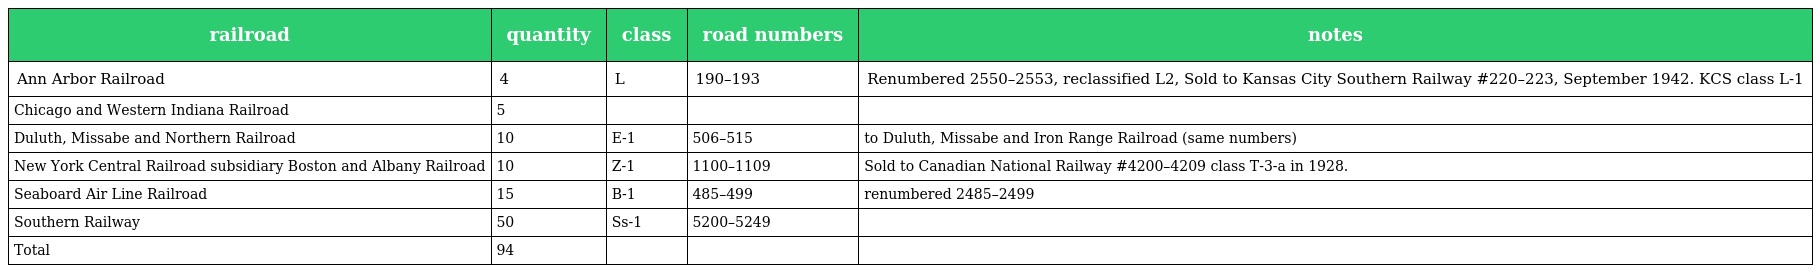
| railroad | quantity | class | road numbers | notes |
 | --- | --- | --- | --- | --- |
 | Ann Arbor Railroad | 4 | L | 190–193 | Renumbered 2550–2553, reclassified L2, Sold to Kansas City Southern Railway #220–223, September 1942. KCS class L-1 |
 | Chicago and Western Indiana Railroad | 5 |  |  |  |
 | Duluth, Missabe and Northern Railroad | 10 | E-1 | 506–515 | to Duluth, Missabe and Iron Range Railroad (same numbers) |
 | New York Central Railroad subsidiary Boston and Albany Railroad | 10 | Z-1 | 1100–1109 | Sold to Canadian National Railway #4200–4209 class T-3-a in 1928. |
 | Seaboard Air Line Railroad | 15 | B-1 | 485–499 | renumbered 2485–2499 |
 | Southern Railway | 50 | Ss-1 | 5200–5249 |  |
 | Total | 94 |  |  |  |